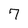
Character: 7